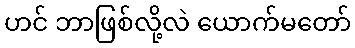
ဟင် ဘာဖြစ်လို့လဲ ယောက်မတော်